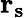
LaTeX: \mathbf{r_{s}}